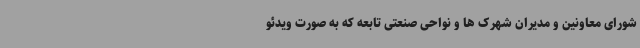
شورای معاونین و مدیران شهرک ها و نواحی صنعتی تابعه که به صورت ویدئو